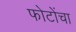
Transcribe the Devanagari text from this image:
फोटोंचा